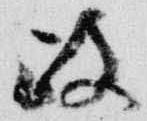
政